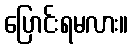
ပြောင်းရမလား။